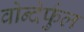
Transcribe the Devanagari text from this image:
वोन्देर्फुल